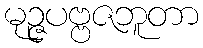
မုဉ္ဇပဗ္ဗဇဘူတာ